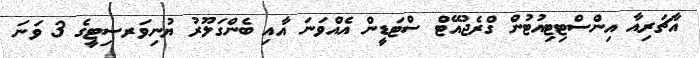
އާޗަރިއާ އިންސްޓިޓިއުޓުން ގްރެޖުއޭޓް ސްޓަޑީން އެއްވަނަ އާއި ބެންގަލޫރު ޔުނިވަރސިޓީގެ 3 ވަނަ